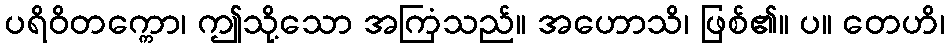
ပရိဝိတက္ကော၊ ဤသို့သော အကြံသည်။ အဟောသိ၊ ဖြစ်၏။ ပ။ တေဟိ၊